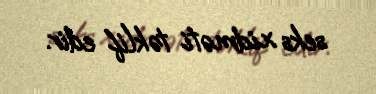
seks xidməti təklif edir.